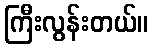
ကြီးလွန်းတယ်။